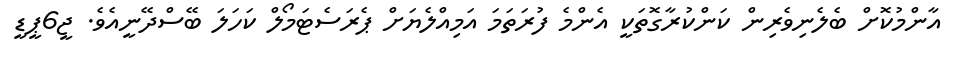
އާންމުކޮށް ބެލެނިވެރިން ކަންކުރާގޮތަކީ އެންމެ ފުރަތަމަ އަމިއްލެޔަށް ޕެރަސެޓަމޯލް ކަހަލަ ބޭސްދޭނީއެވެ. ޖީ6ޕީޑީ